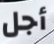
أجل